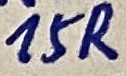
Text: 15R